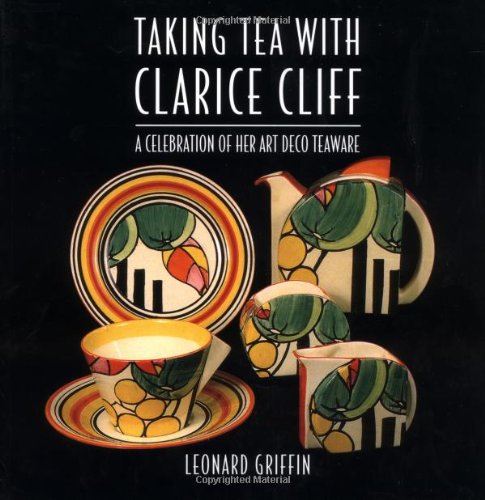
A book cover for Taking Tea with Clarice Cliff: A Celebration of Her Art Deco Teaware; Leonard Griffin; Cookbooks, Food & Wine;